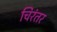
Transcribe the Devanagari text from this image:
चिरंतर